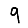
Digit: 9